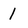
Character: 1